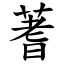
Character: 蓍